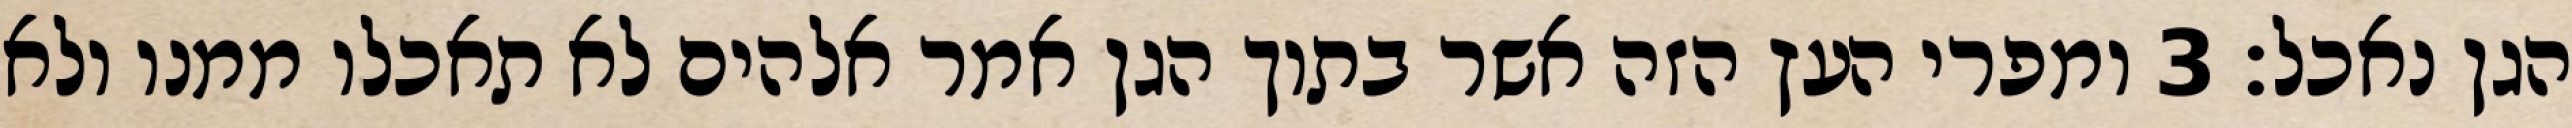
הגן נאכל׃ ‎3‏ ומפרי העץ הזה אשר בתוך הגן אמר אלהים לא תאכלו ממנו ולא